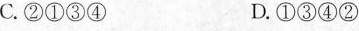
C.②①③)④ D.①③④②